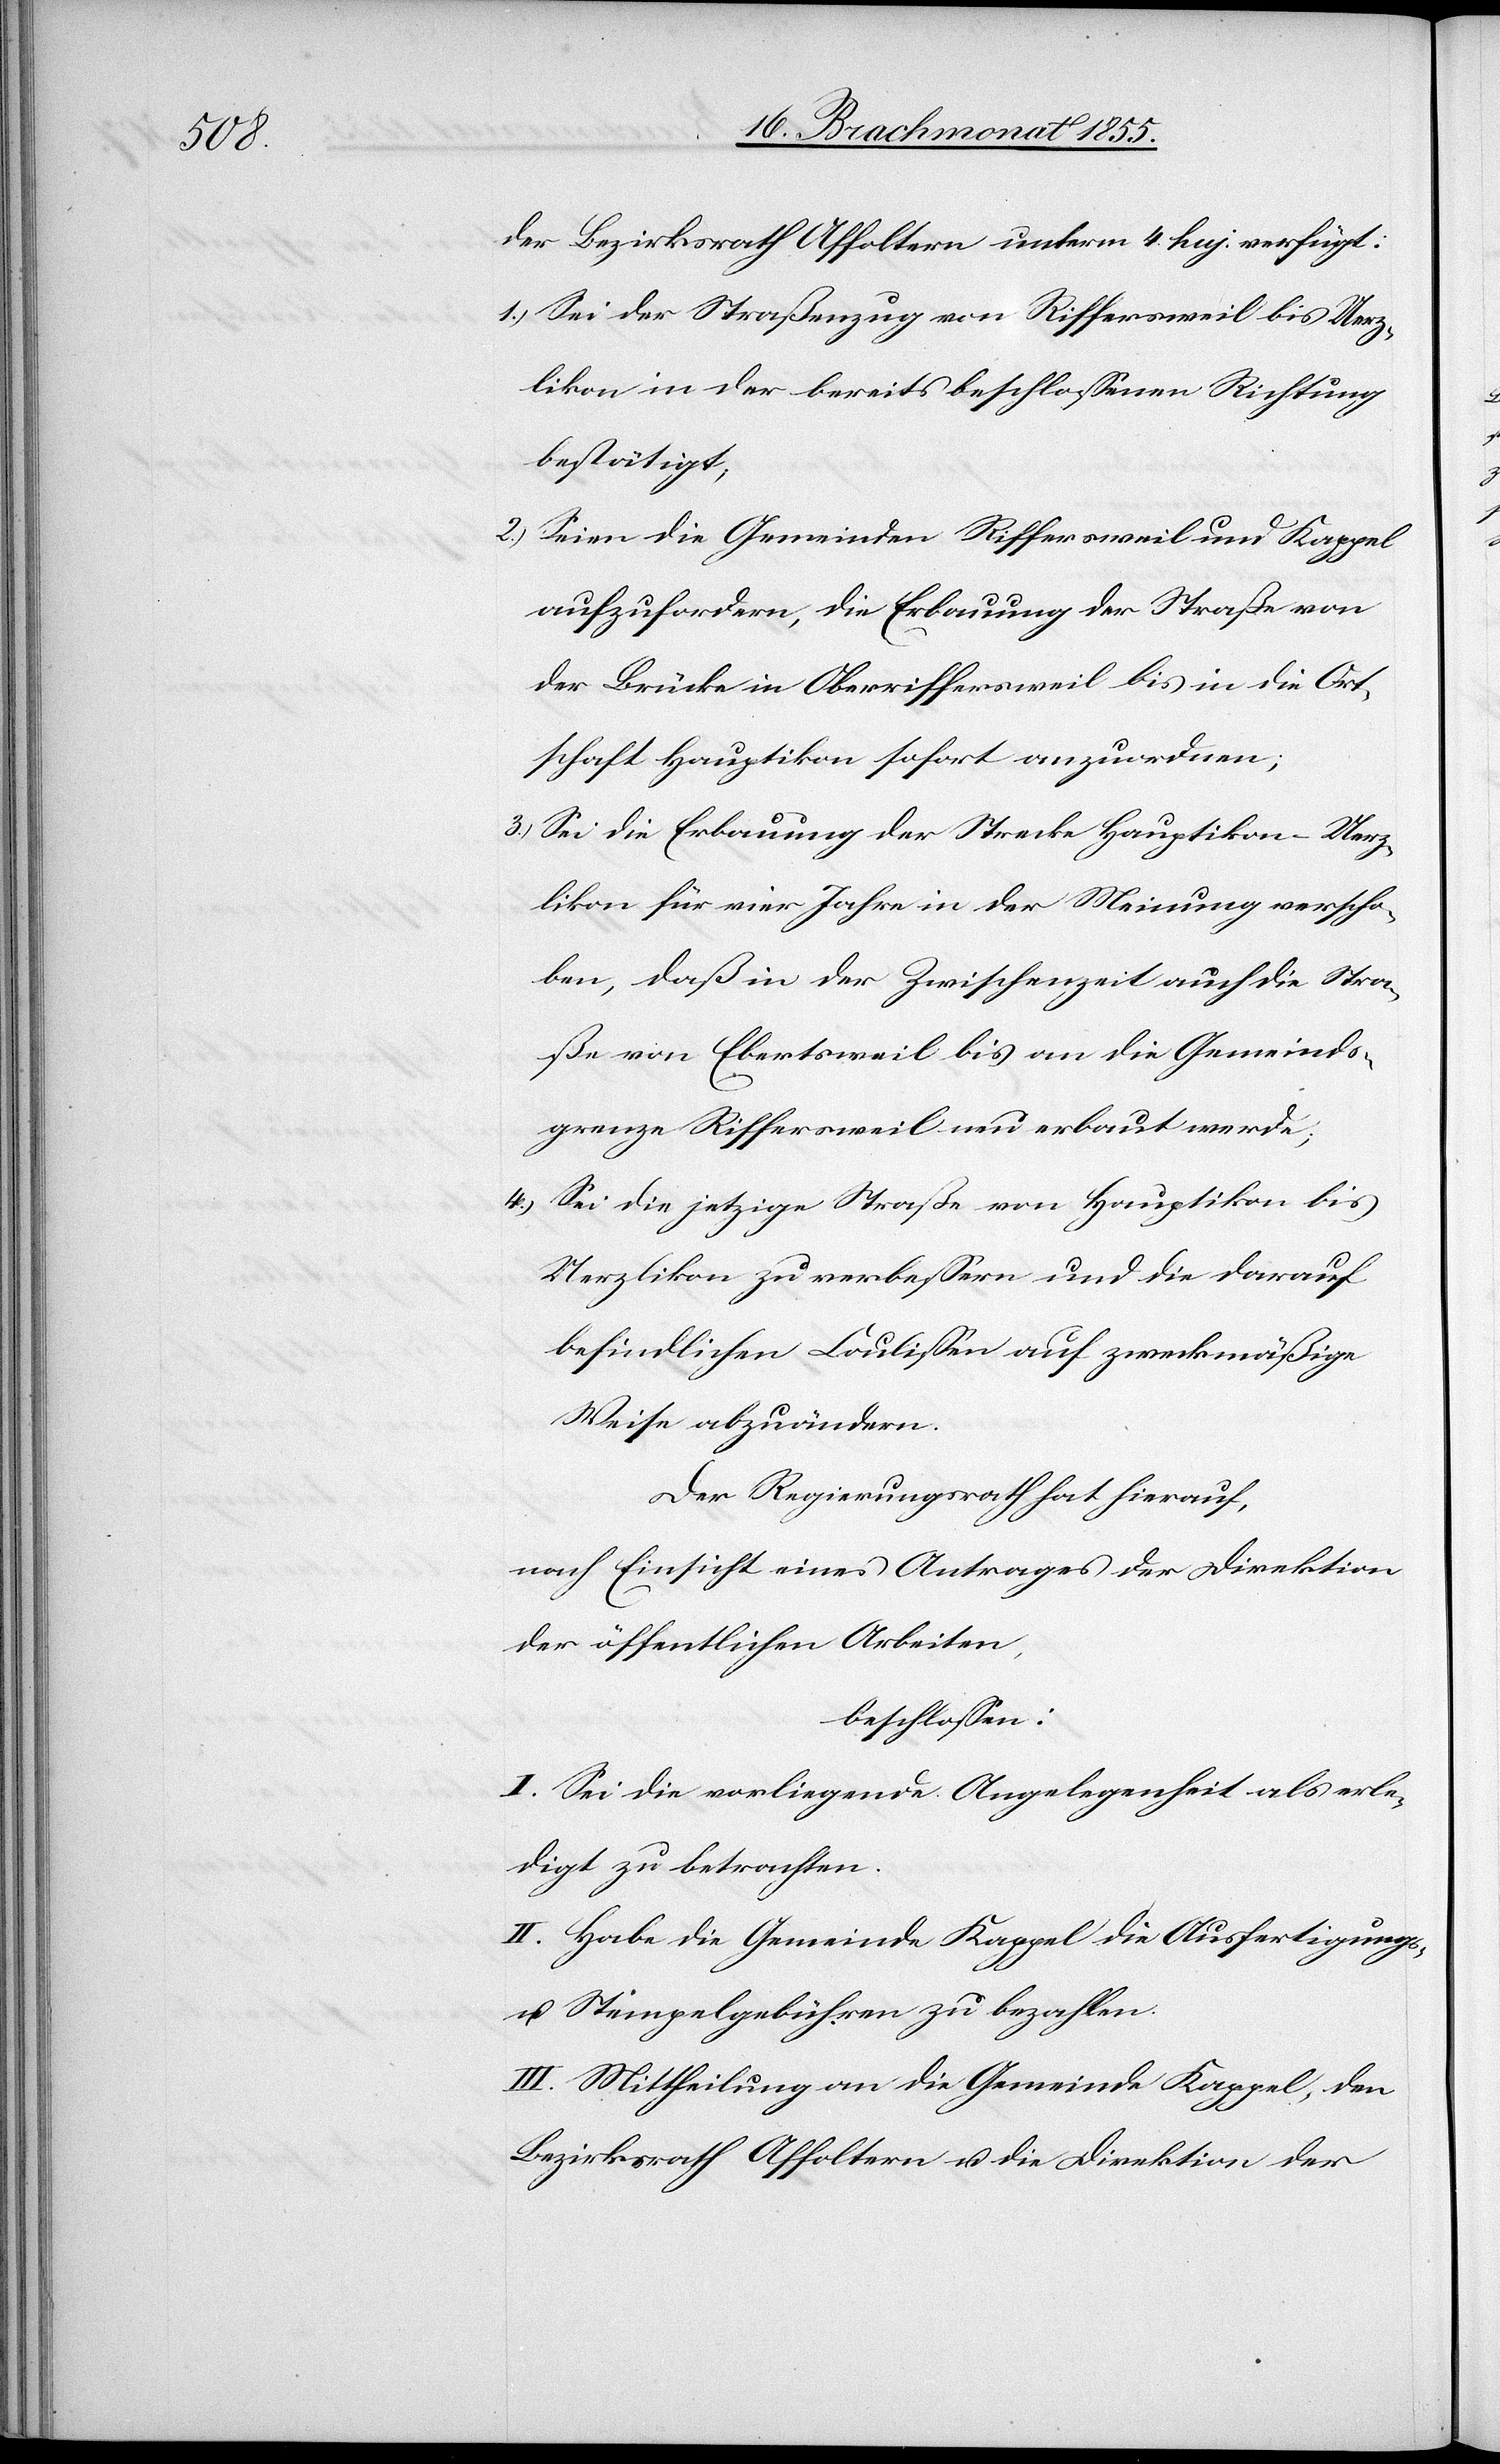
der Bezirksrath Affoltern unterm 4. huj. verfügt:
Sei der Straßenzug von Riffersweil bis Uerz¬
likon in der bereits beschlossenen Richtung
bestätigt;
Seien die Gemeinden Riffersweil und Kappel
aufzufordern, die Erbauung der Straße von
der Brücke in Oberriffersweil bis in die Ort¬
schaft Hauptikon sofort anzuordnen;
Sei die Erbauung der Strecke Hauptikon–Uerz¬
likon für vier Jahre in der Meinung verscho¬
ben, daß in der Zwischenzeit auch die Stra¬
ße von Ebertsweil bis an die Gemeinds¬
grenze Riffersweil neu erbaut werde;
Sei die jetzige Straße von Hauptikon bis
Uerzlikon zu verbessern und die darauf
befindlichen Coulissen auf zweckmäßige
Weise abzuändern.
Der Regierungsrath hat hierauf,
nach Einsicht eines Antrages der Direktion
der öffentlichen Arbeiten,
beschlossen:
I. Sei die vorliegende Angelegenheit als erle¬
digt zu betrachten.
II. Habe die Gemeinde Kappel die Ausfertigungs-
u. Stempelgebühren zu bezahlen.
III. Mittheilung an die Gemeinde Kappel, den
Bezirksrath Affoltern u. die Direktion der